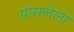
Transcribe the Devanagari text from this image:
ग्रासलेला